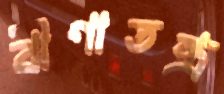
বীণাতন্ত্র